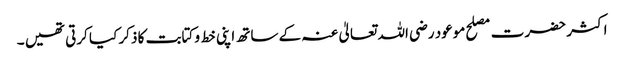
اکثر حضرت مصلح موعود رضی اللہ تعالیٰ عنہ کے ساتھ اپنی خط و کتابت کا ذکر کیا کرتی تھیں ۔